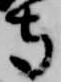
寺